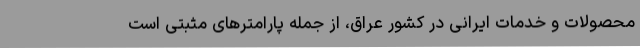
محصولات و خدمات ایرانی در کشور عراق، از جمله پارامترهای مثبتی است